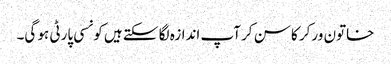
خاتون ورکر کا سن کر آپ اندازہ لگا سکتے ہیں کونسی پارٹی ہو گی۔